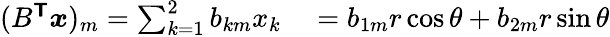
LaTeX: \begin{array}{rl}{(B^{\boldsymbol{\mathsf{T}}}\boldsymbol{x})_{m}=\sum_{k=1}^{2}b_{km}x_{k}}&{{}=b_{1m}r\cos\theta+b_{2m}r\sin\theta}\end{array}